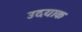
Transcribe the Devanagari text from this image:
उदयाक